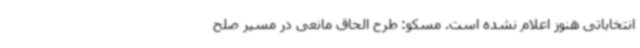
انتخاباتی هنوز اعلام نشده است. مسکو: طرح الحاق مانعی در مسیر صلح